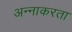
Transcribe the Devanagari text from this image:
अन्नाकरता